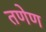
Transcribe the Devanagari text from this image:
तणेण